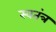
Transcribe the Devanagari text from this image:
स्वतंत्र